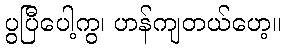
ပွပြီပေါ့ကွ၊ ဟန်ကျတယ်ဟေ့။